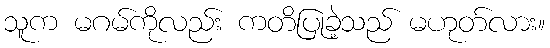
သူက မဂမ်ကိုလည်း ကတိပြုခဲ့သည် မဟုတ်လား။